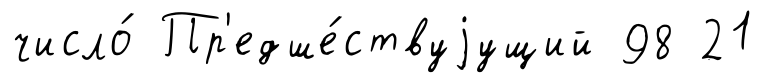
число́ Пр'едше́ствуjущий 98 21